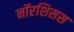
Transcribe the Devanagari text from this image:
नॉरशिसस